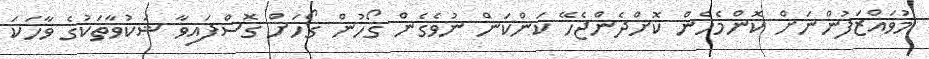
މުވައްޒަފުންނަށް ކޮންމެހެން ކޮށްދެންޖެހޭ ކަންކަން ނުވެގެން ގޯހުން ގޯހަށް ގޮސްފައިވާ ޝަކުވާތަކުގެ ވާހަކަ